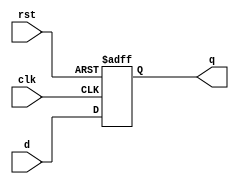
module reg4(
    input [3:0]d,
    input clk,
    input rst,
    output reg [3:0]q
);

always @(posedge clk, posedge rst) 
begin
    if(rst)
        q <= 4'b0000;
    else
        q <= d;    
end

endmodule